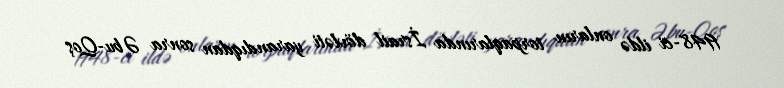
1948-ci ildə onların torpaqlarında İsrail dövləti yarandıqdan sonra Əbu-Qoş